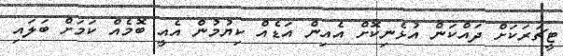
ޓީޗަރަކަށް ދައްކަން އުޅެނިކޮށް އެއިން އަޑެއް ކިޔުމުން އެއީ ބޮމެއް ކަމަށް ބަލައި